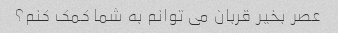
عصر بخیر قربان می توانم به شما کمک کنم؟